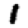
Digit: 1